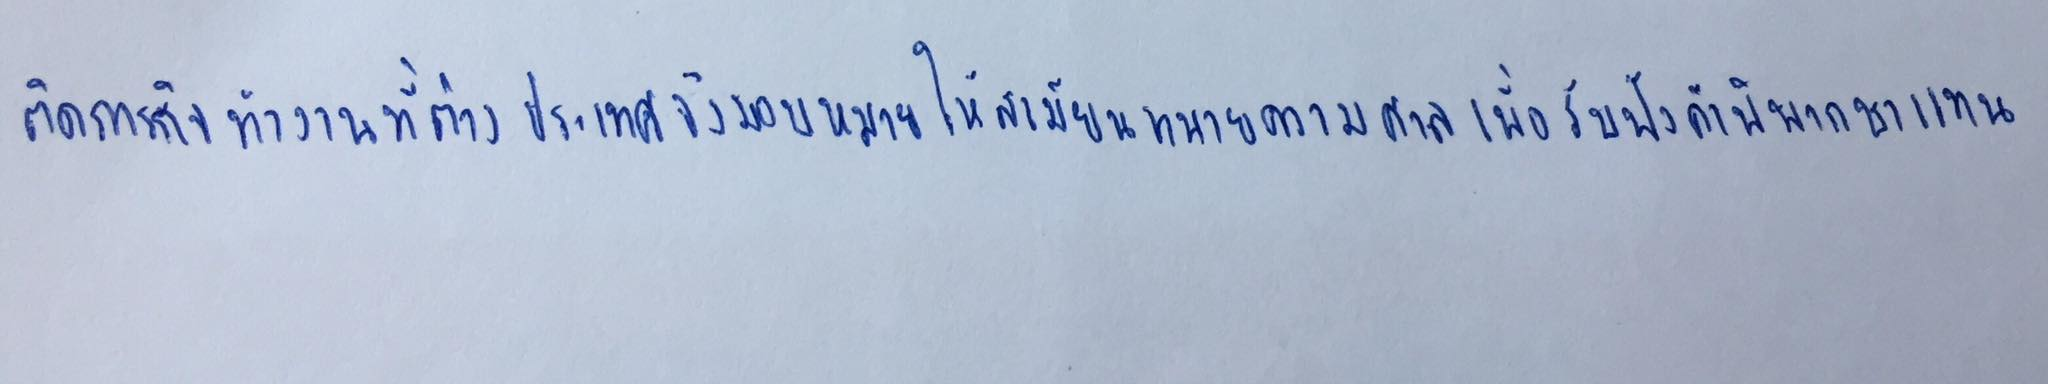
ติดภารกิจทำงานที่ต่างประเทศจึงมอบหมายให้เสมียนทนายความมาศาลเพื่อรับฟังคำพิพากษาแทน